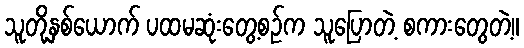
သူတို့နှစ်ယောက် ပထမဆုံးတွေ့စဉ်က သူပြောတဲ့ စကားတွေတဲ့။